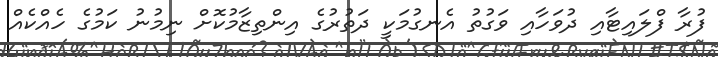
ފުރާ ފްލައިޓާއި ދުވަހާއި ވަގުތު އެނގުމަކީ ދަތުރުގެ އިންތިޒާމުކޮށް ނިމުނު ކަމުގެ ހެއްކެއް